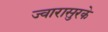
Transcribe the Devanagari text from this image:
ज्वारासुरके